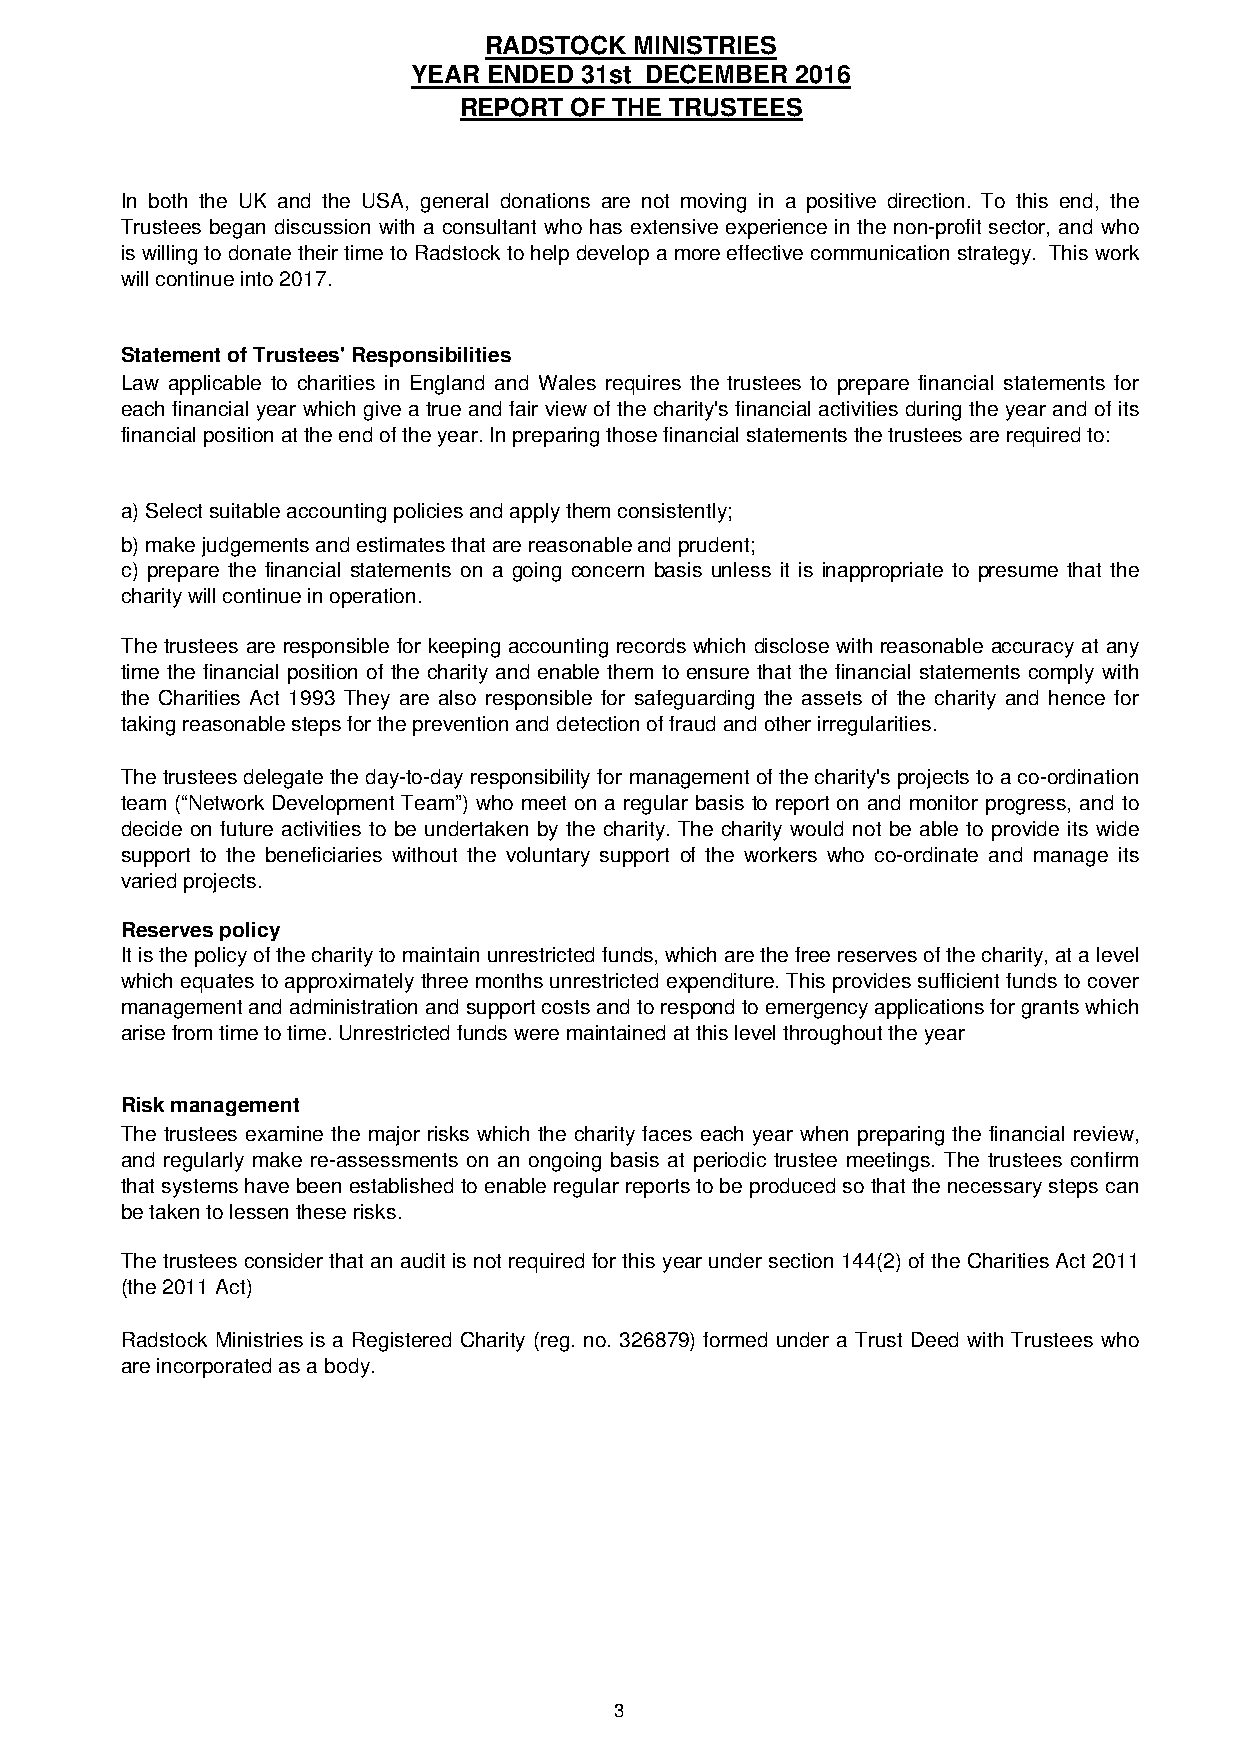
RADSTOCK  MINISTRIES
 YEAR ENDED  31st DECEMBER 2016
 REPORT  OF THE TRUSTEES
 In both the UK and the USA, general donations are not moving in a positive direction. To this end, the
 Trustees began discussion with a consultant who has extensive experience in the non-profit sector, and who
 iswillingtodonatetheirtimetoRadstocktohelpdevelopamoreeffectivecommunicationstrategy. Thiswork
 will continue into 2017.
 Statement of Trustees' Responsibilities
 Law applicable to charities in England and Wales requires the trustees to prepare financial statements for
 each financial year which give a true and fair view of the charity's financial activities during the year and of its
 financial position at the end of the year. In preparing those financial statements the trustees are required to:
 a) Select suitable accounting policies and apply them consistently;
 b) make judgements and estimates that are reasonable and prudent;
 c) prepare the financial statements on a going concern basis unless it is inappropriate to presume that the
 charity will continue in operation.
 The trustees are responsible for keeping accounting records which disclose with reasonable accuracy at any
 time the financial position of the charity and enable them to ensure that the financial statements comply with
 the Charities Act 1993 They are also responsible for safeguarding the assets of the charity and hence for
 taking reasonable steps for the prevention and detection of fraud and other irregularities.
 The trustees delegate the day-to-dayresponsibilityfor managementofthecharity's projectsto aco-ordination
 team (“Network Development Team”) who meet on a regular basis to report on and monitor progress, and to
 decide on future activities to be undertaken by the charity. The charity would not be able to provide its wide
 support to the beneficiaries without the voluntary support of the workers who co-ordinate and manage its
 varied projects.
 Reserves policy
 Itisthepolicyofthecharitytomaintainunrestrictedfunds,whicharethefreereservesofthecharity,atalevel
 which equates to approximatelythree months unrestricted expenditure. This provides sufficientfunds to cover
 managementandadministrationandsupportcostsandtorespondtoemergencyapplicationsforgrantswhich
 arise from time to time. Unrestricted funds were maintained at this level throughout the year
 Risk management
 The trustees examine the major risks which the charity faces each year when preparing the financial review,
 and regularly make re-assessments on an ongoing basis at periodic trustee meetings. The trustees confirm
 thatsystems have been established to enableregular reportsto beproduced sothatthenecessarystepscan
 be taken to lessen these risks.
 The trustees consider that an audit is not required for this year under section 144(2) of the Charities Act2011
 (the 2011 Act)
 Radstock Ministries is a Registered Charity (reg. no. 326879) formed under a Trust Deed with Trustees who
 are incorporated as a body.
 3